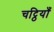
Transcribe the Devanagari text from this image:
चट्ठियाँ